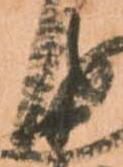
衛